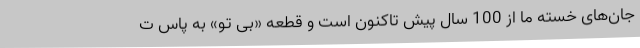
جان‌های خسته ما از 100 سال پیش تاکنون است و قطعه «بی تو» به پاس ت